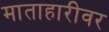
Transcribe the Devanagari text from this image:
माताहारीवर